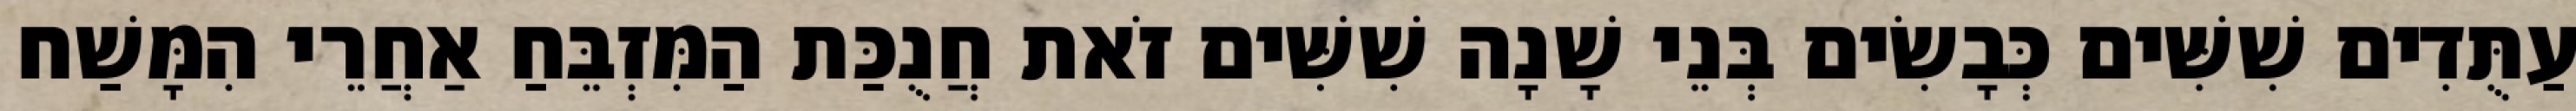
עַתֻּדִים שִׁשִּׁים כְּבָשִׂים בְּנֵי שָׁנָה שִׁשִּׁים זֹאת חֲנֻכַּת הַמִּזְבֵּחַ אַחֲרֵי הִמָּשַׁח